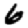
Digit: 6